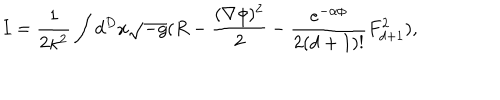
I = \frac { 1 } { 2 \kappa ^ { 2 } } \int d ^ { D } x \sqrt { - g } ( R - \frac { ( \nabla \phi ) ^ { 2 } } { 2 } - \frac { e ^ { - \alpha \phi } } { 2 ( d + 1 ) ! } F _ { d + 1 } ^ { 2 } ) ,